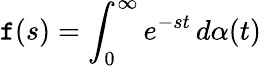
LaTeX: \mathtt{f}(s)=\int_{0}^{\infty}e^{-st}\, d\alpha(t)